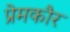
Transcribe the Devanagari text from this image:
प्रेमकौर